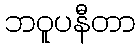
ဘဝူပနီတာ